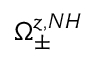
\Omega _ { \pm } ^ { z , N H }